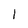
Character: l